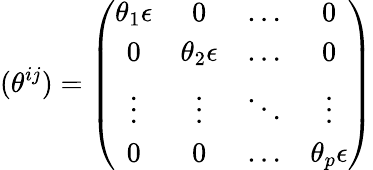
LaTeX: (\theta^{ij})=\left(\begin{array}{cccc}{{\theta_{1}{\mathbf\epsilon}}}&{{0}}&{{\dots}}&{{0}}\\ {{0}}&{{\theta_{2}{\mathbf\epsilon}}}&{{\dots}}&{{0}}\\ {{\vdots}}&{{\vdots}}&{{\ddots}}&{{\vdots}}\\ {{0}}&{{0}}&{{\dots}}&{{\theta_{p}{\mathbf\epsilon}}}\end{array}\right)